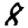
Digit: 8